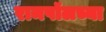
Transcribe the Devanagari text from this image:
रामपॉलच्या